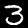
Digit: 3